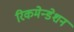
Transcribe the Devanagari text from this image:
रिकमेन्डेशन